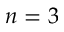
n = 3